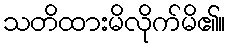
သတိထားမိလိုက်မိ၏။